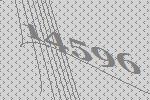
14596